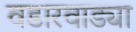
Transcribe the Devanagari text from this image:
वडारवाड्या